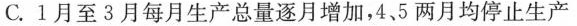
C.1月至3月每月生产总量逐月增加，4，5两月均停止生产